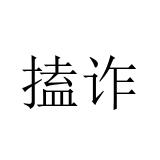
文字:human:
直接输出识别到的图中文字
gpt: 搕诈